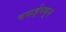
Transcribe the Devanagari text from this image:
वसईमधून